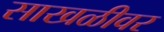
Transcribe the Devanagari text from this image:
साखळीवर